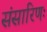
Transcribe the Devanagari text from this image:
संसारिणः